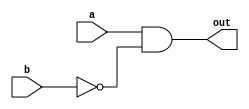
`timescale 1ns/1ps

module Universal_Gate(a, b, out);
input a, b;
output out;

wire negb;

not not1(negb, b);
and and1(out, a, negb);

endmodule